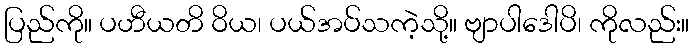
ပြည်ကို။ ပဟီယတိ ဝိယ၊ ပယ်အပ်သကဲ့သို့။ ဗျာပါဒေါပိ၊ ကိုလည်း။